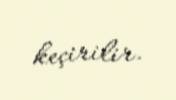
keçirilir.